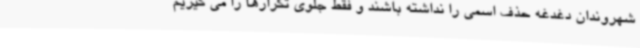
شهروندان دغدغه حذف اسمی را نداشته باشند و فقط جلوی تکرارها را می گیریم